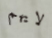
لايهم